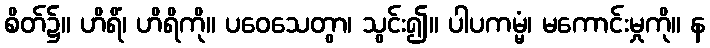
စိတ်၌။ ဟိရိံ၊ ဟိရိကို။ ပဝေသေတွာ၊ သွင်း၍။ ပါပကမ္မံ၊ မကောင်းမှုကို။ န